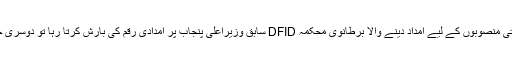
ڈیلی میل کی رپورٹ کے مطابق پاکستان کے تحقیقاتی ذرائع کا کہنا ہے کہ ایک جانب عالمی ترقیاتی منصوبوں کے لیے امداد دینے والا برطانوی محکمہ DFID سابق وزیراعلیٰ پنجاب پر امدادی رقم کی بارش کرتا رہا تو دوسری جانب ان کا خاندان عوامی فنڈ کے ملین پاونڈز منی لانڈرنگ کے ذریعے برطانیہ منتقل کرتے رہے۔